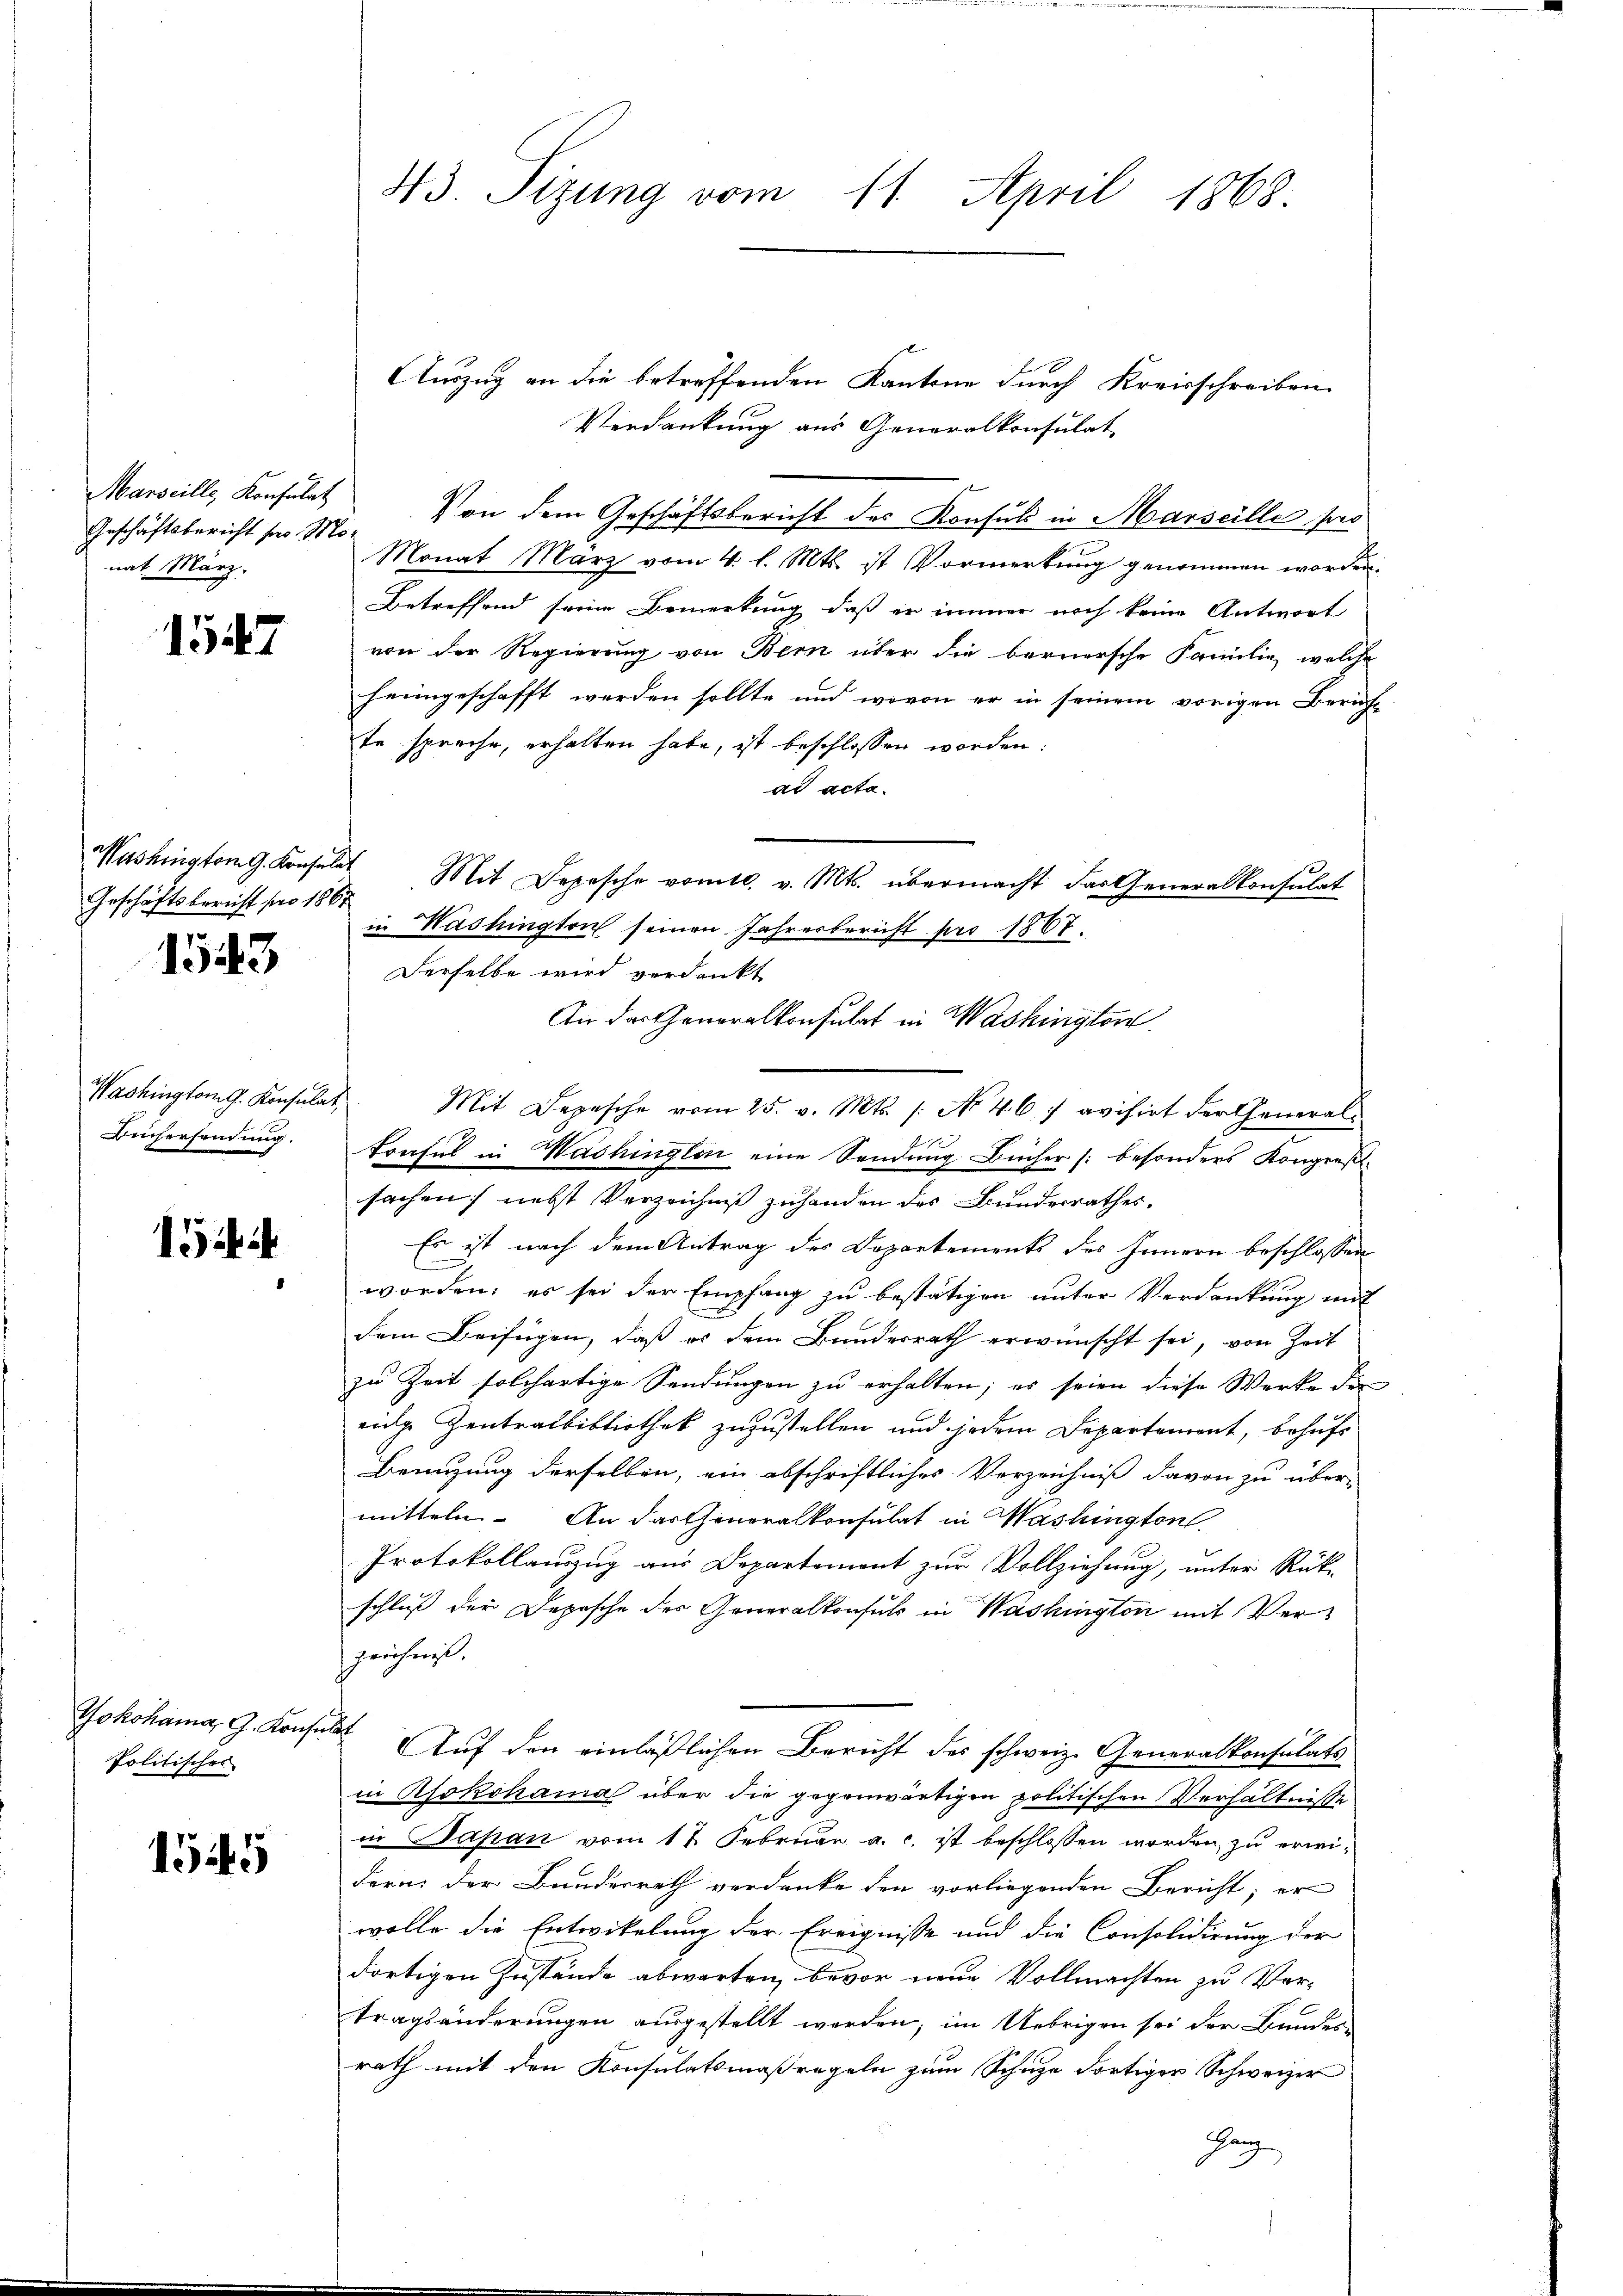
Marseille, Konsulatz
nat März.

1547

Geschäftsbereicht pro 1865.

1543

Büchersendung.

1544

Yokohama G. Kons.
Politisches

1545

Auszug an die betreffenden Kantone durch Kreisschreiben
Verdankung aus Generalkonsulat
Geschäftsbericht für M. Von dem Geschäftsbericht des Konsul in Marseille pro
Monat März vom 4. l. Mts. ist Vormerkung genommen worden.
Betreffend seine Bemerkung, daß er immer noch keine Antwort
von der Regierung von Bern über die bernersche Familie, welche
heimgeschafft werden sollte und wovon er in seinem vorigen Zürichte spreche, erhalten habe, ist beschlossen worden.
ad acta.
Washingtong. Konsulat Mit Depesche vomtl. v. Mts. übermacht das Generalkonsulat
in Washington seinen Jahresbericht pro 1867.
Derselbe wird verdankt
An das Generalkonsulat in Washington
Washington G. Konsulat Mit Depesche vom 25. v. Mts. /: No 467 avisirt der General-
trafel in Washinglen eine Sendung Bücher (besonders Kongreß-
sachen; nebst Verzeichnis zuhanden des Bunderrathes.
Es ist nach dem Antrag des Departements des Innern beschlossen
.
worden; es sei der Empfang zu bestätigen unter Verdankung mit
dem Beifügen, daß es dem Bundesrath erwünscht sei, von Zeit
zu Zeit solchertige Sendungen zu erhalten; es seien diese Werke der
nige Zentralbibliothek zuzustellen und jedem Departement, behufs
Benuzung derselben, ein abschriftliches Verzeichniß davon zu über-
mitteln. An das Generalkonsulat in Washington
Protokollanzzug aus Departemont zur Vollziehung, unter Rück-
schluß der Depesche der Generalkonsuls in Washington mit Verzeichnis.
 Auf den einläßlichen Bericht des schweiz. Generalkonsulats
in Rokohama über die gegenwärtigen politischen Verhältniße
in Japan vom 17. Februar a. c. ist beschlossen worden, zu erweidern der Bundesrath verdanke den vorliegenden Bericht; er
wolle die Entwickelung der Ereignisse und die Consolidirung der
dortigen Zustände abwarten, bevor neue Vollmachten zu Vertragsänderungen ausgestellt werden; im Uebrigen sei der Bundes-
rath mit den Konsulatsmaßregeln zum Schule dortiger Schweizer
Ganz

43. Sizung vom 11. April 1868.